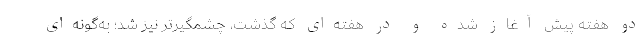
دو هفته پیش آغاز شده و در هفته‌ای که گذشت، چشمگیرتر نیز شد؛ به‌گونه‌ای